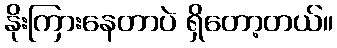
နိုးကြားနေတာပဲ ရှိတော့တယ်။